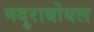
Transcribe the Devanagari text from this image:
मदुराबोयल